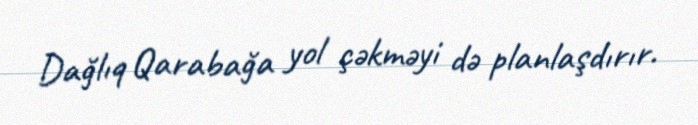
Dağlıq Qarabağa yol çəkməyi də planlaşdırır.